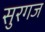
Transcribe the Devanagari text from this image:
सुरगज